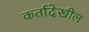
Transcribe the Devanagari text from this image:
कर्तादेखील